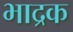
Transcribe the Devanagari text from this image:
भाद्रक